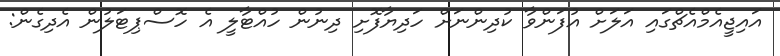
އައިޖީއެމްއެޗްގައި އަލަށް އުފަންވާ ކުދިންނަށް ހަދިޔާފޮށި ދިނުން ހުއްޓާލީ އެ ހޮސްޕިޓަލުން އެދިގެން: